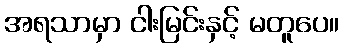
အရသာမှာ ငါးမြင်းနှင့် မတူပေ။